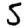
Digit: 5